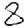
Digit: 8